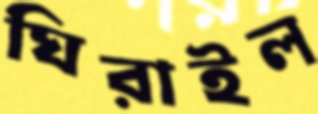
ঘিরাইল